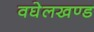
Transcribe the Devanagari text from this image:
वघेलखण्ड